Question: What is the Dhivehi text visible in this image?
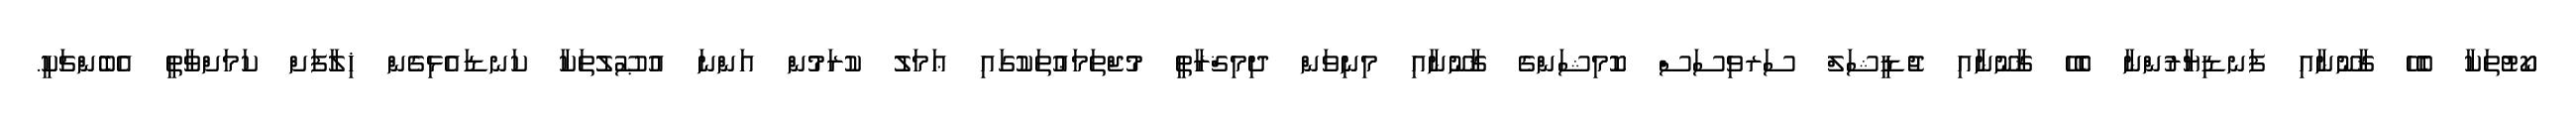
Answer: ކޯޓުތަކާ ބެހޭ ޤާނޫނާއި ފަނޑިޔާރުންނާ ބެހޭ ޤާނޫނާއި ޖުޑީޝަލް ސަރވިސަސް ކޮމިޝަންގެ ޤާނޫނާއި މިނިވަން ދިމިޤްރާޠީ މުޖްތަމަޢުތަކުގައި ޢަމަލު ކުރަމުން އަންނަ އުޞޫލުތަކާ ކަނޑައެޅިގެން ޚިލާފަށް ކަމަށްވާތީ އެބެންޗަކީ.